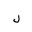
Letter: _lam